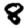
Digit: 8